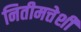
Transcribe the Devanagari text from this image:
नितीमत्तेशी